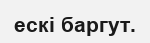
ескі баргут.